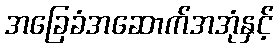
အခြေခံအဆောက်အအုံနှင့်